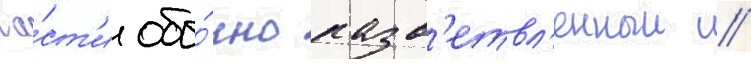
ча́ст'и обы́чно разв'етвл'енныи //